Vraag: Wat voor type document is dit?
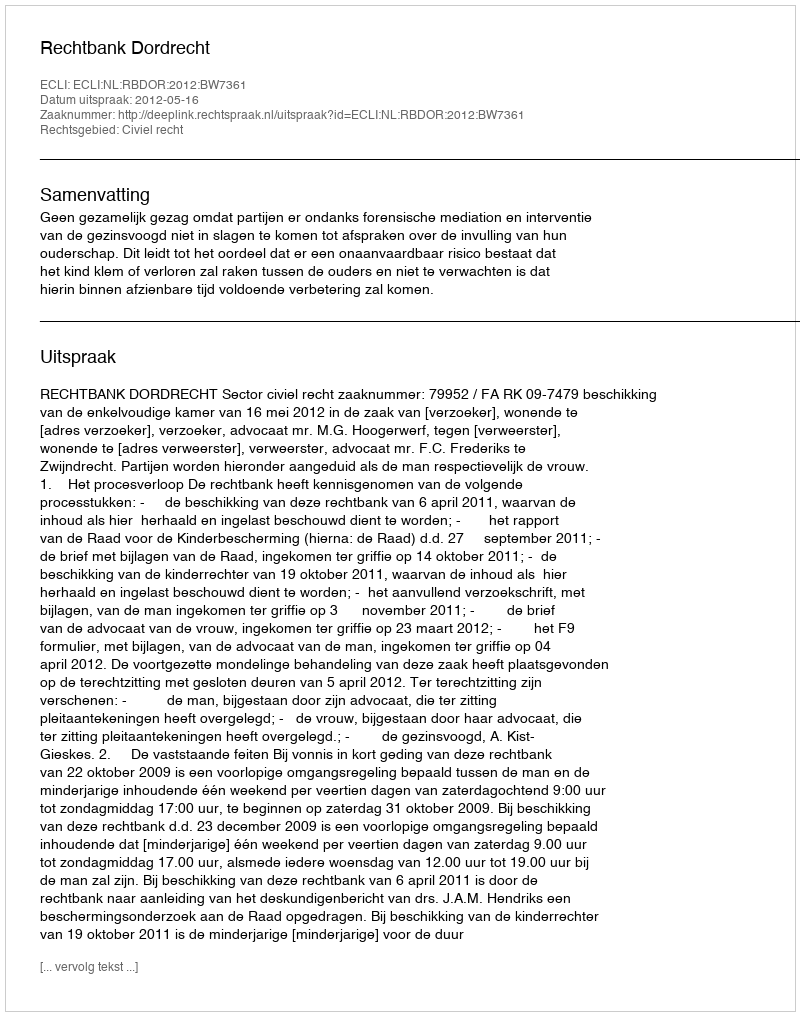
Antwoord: Uitspraak